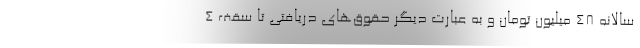
سالانه 48 میلیون تومان و به عبارت دیگر حقوق‌های دریافتی تا سقف 4